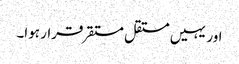
اور یہیں مستقل مستقر قرار ہوا۔